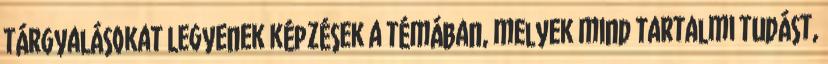
tárgyalásokat Legyenek képzések a témában, melyek mind tartalmi tudást,